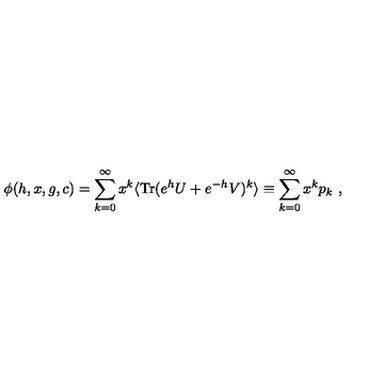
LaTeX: \phi ( h , x , g , c ) = \sum _ { k = 0 } ^ { \infty } x ^ { k } \langle \mathrm { T r } ( e ^ { h } U + e ^ { - h } V ) ^ { k } \rangle \equiv \sum _ { k = 0 } ^ { \infty } x ^ { k } p _ { k } \ ,